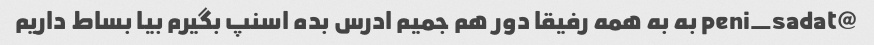
@peni_sadat به به همه رفیقا دور هم جمیم ادرس بده اسنپ بگیرم بیا بساط داریم